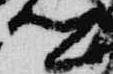
卿